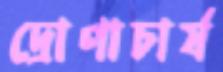
দ্রোণাচার্য